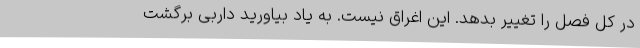
در کل فصل را تغییر بدهد. این اغراق نیست. به یاد بیاورید داربی برگشت